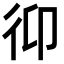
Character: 𢓋